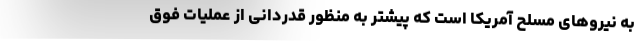
به نیروهای مسلح آمریکا است که پیشتر به منظور قدردانی از عملیات فوق